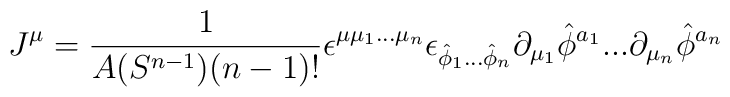
J^\mu =\frac{1}{A(S^{n-1})(n-1)!}\epsilon^{\mu \mu_1 ...\mu_n}\epsilon_{\hat{\phi}_1 ... \hat{\phi}_n} \partial_{\mu_1}\hat{\phi}^{a_1}...\partial_{\mu_n}\hat{\phi}^{a_n}